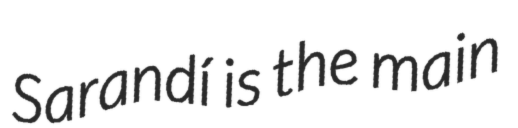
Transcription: Sarandí is the main